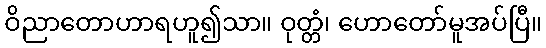
ဝိညာတောဟာရဟူ၍သာ။ ဝုတ္တံ၊ ဟောတော်မူအပ်ပြီ။